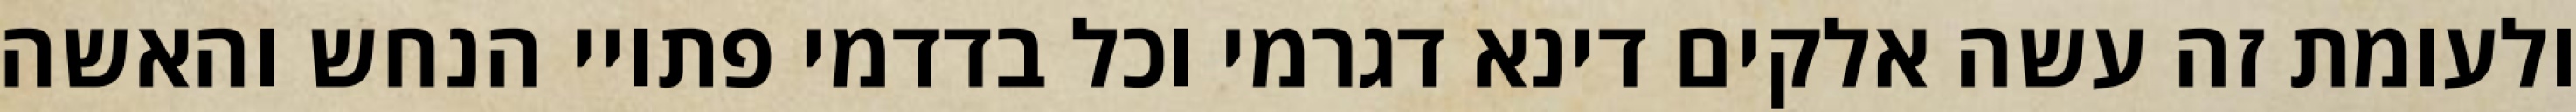
ולעומת זה עשה אלקים דינא דגרמי וכל בדדמי פתויי הנחש והאשה